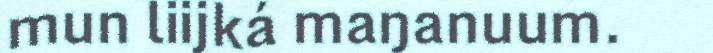
mun liijká maŋanuum.